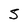
Character: S